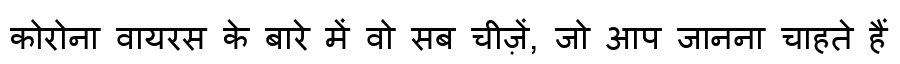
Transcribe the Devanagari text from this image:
कोरोना वायरस के बारे में वो सब चीज़ें, जो आप जानना चाहते हैं